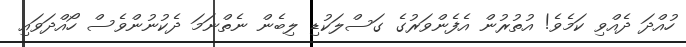
ހުއްދަ ދެއްވި ކަމެވެ! އުތުރުން އެފެންވަރުގެ ގަސްލަކުޑި ލިބެން ނެތްނަމަ ދެކުނުންވެސް ހޯއްދަވައި